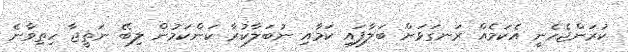
ކުރަންޖެހެނީ އެކަމެއް ރަނގަޅަށް ބަލާފައި ކަމާއި ނުބަލާކުރާ ކަންކަމުން ލިބޭ ނަތީޖާ ހިތިވާނެ